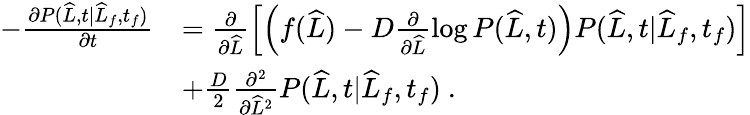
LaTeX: \begin{array}{rl}{-\frac{\partial P(\widehat{L},t|\widehat{L}_{f},t_{f})}{\partial t}}&{=\frac{\partial}{\partial\widehat{L}}\left[\left(f(\widehat{L})-D\frac{\partial}{\partial\widehat{L}}\log P(\widehat{L},t)\right)P(\widehat{L},t|\widehat{L}_{f},t_{f})\right]}\\ &{+\frac{D}{2}\frac{\partial^{2}}{\partial\widehat{L}^{2}}P(\widehat{L},t|\widehat{L}_{f},t_{f})\ .}\end{array}